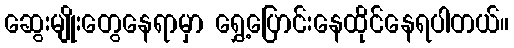
ဆွေးမျိုးတွေနေရာမှာ ရွှေ့ပြောင်းနေထိုင်နေရပါတယ်။